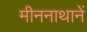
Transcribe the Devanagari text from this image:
मीननाथानें